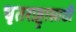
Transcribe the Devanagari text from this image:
धृतराष्ट्रासाठी